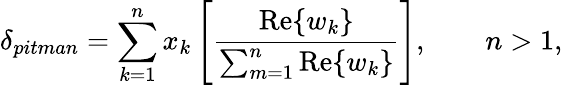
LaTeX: \delta_{pitman}=\sum_{k=1}^{n}{x_{k}\left[{\frac{{\mathrm{Re}}\{ w_{k}\} }{\sum_{m=1}^{n}{{\mathrm{Re}}\{ w_{k}\} }}}\right]},\qquad n>1,